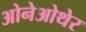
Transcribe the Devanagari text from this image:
ओनेओथेर